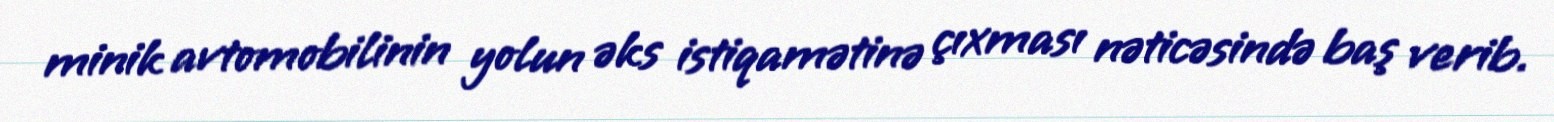
minik avtomobilinin yolun əks istiqamətinə çıxması nəticəsində baş verib.